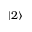
| 2 \rangle